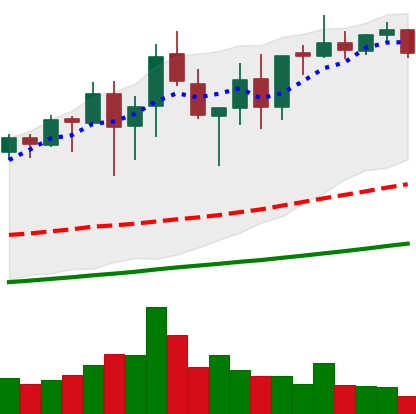
Ticker: XMR-USD
Chart end date: 2021-05-02
Forward return: 12.839%
Label: up_7plus